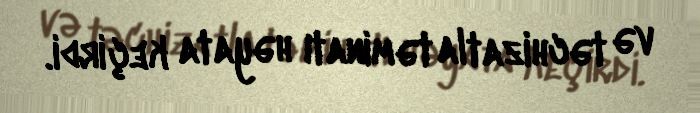
və təchizatla təminatı həyata keçirdi.